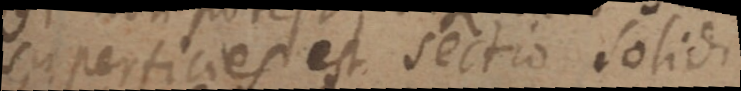
superficies est sectio solidi